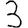
Digit: 3